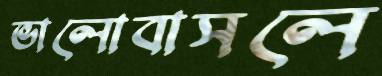
ভালোবাসলে